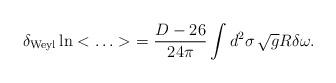
LaTeX: \begin{align*}\delta_{\rm Weyl} \ln < \ldots >\ = \frac{D-26}{24\pi} \int d^2\sigma\,\sqrt{g}R\delta\omega.\end{align*}